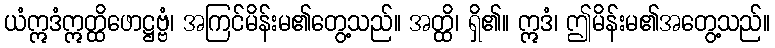
ယံဣဒံဣတ္ထိဖောဋ္ဌဗ္ဗံ၊ အကြင်မိန်းမ၏တွေ့သည်။ အတ္ထိ၊ ရှိ၏။ ဣဒံ၊ ဤမိန်းမ၏အတွေ့သည်။